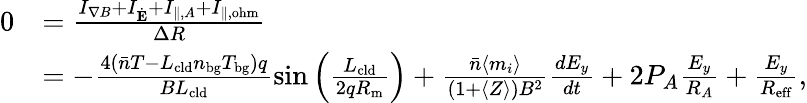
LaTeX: \begin{array}{rl}{0}&{=\frac{I_{\nabla B}+I_{\dot{\mathbf{E}}}+I_{\| ,A}+I_{\| ,\mathrm{ohm}}}{\Delta R}}\\ &{=-\frac{4(\bar{n}T-L_{\mathrm{cld}}n_{\mathrm{bg}}T_{\mathrm{bg}})q}{BL_{\mathrm{cld}}}\sin{\left(\frac{L_{\mathrm{cld}}}{2qR_{\mathrm{m}}}\right)}+\frac{\bar{n}\langle m_{i}\rangle}{(1+\langle Z\rangle)B^{2}}\frac{dE_{y}}{dt}+2P_{A}\frac{E_{y}}{R_{A}}+\frac{E_{y}}{R_{\mathrm{eff}}},}\end{array}